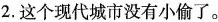
2.这个现代城市没有小偷了。